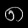
Digit: ၈